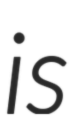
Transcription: is